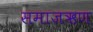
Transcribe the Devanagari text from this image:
समाजऋण